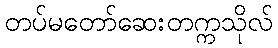
တပ်မတော်ဆေးတက္ကသိုလ်